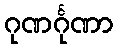
ဂုဏင်္ဂုဏာ